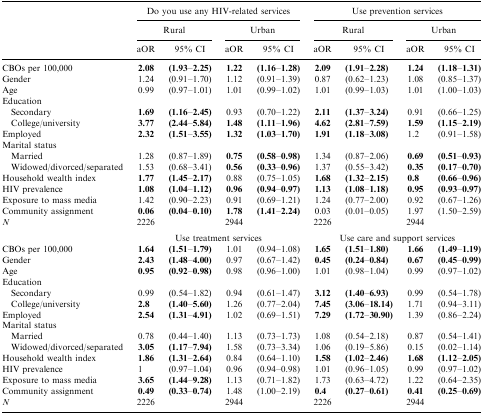
<table><thead><tr><td></td><td colspan="4"><b>Do you use any HIV-related services</b></td><td colspan="4"><b>Use prevention services</b></td></tr><tr><td></td><td colspan="2"><b>Rural</b></td><td colspan="2"><b>Urban</b></td><td colspan="2"><b>Rural</b></td><td colspan="2"><b>Urban</b></td></tr><tr><td></td><td><b>aOR</b></td><td><b>95% CI</b></td><td><b>aOR</b></td><td><b>95% CI</b></td><td><b>aOR</b></td><td><b>95% CI</b></td><td><b>aOR</b></td><td><b>95% CI</b></td></tr></thead><tbody><tr><td>CBOs per 100,000</td><td><b>2.08</b></td><td><b>(1.93–2.25)</b></td><td><b>1.22</b></td><td><b>(1.16–1.28)</b></td><td><b>2.09</b></td><td><b>(1.91–2.28)</b></td><td><b>1.24</b></td><td><b>(1.18–1.31)</b></td></tr><tr><td>Gender</td><td>1.24</td><td>(0.91–1.70)</td><td>1.12</td><td>(0.91–1.39)</td><td>0.87</td><td>(0.62–1.23)</td><td>1.08</td><td>(0.85–1.37)</td></tr><tr><td>Age</td><td>0.99</td><td>(0.97–1.01)</td><td>1.01</td><td>(0.99–1.02)</td><td>1.01</td><td>(0.99–1.03)</td><td>1.01</td><td>(1.00–1.03)</td></tr><tr><td>Education</td><td></td><td></td><td></td><td></td><td></td><td></td><td></td><td></td></tr><tr><td> Secondary</td><td><b>1.69</b></td><td><b>(1.16–2.45)</b></td><td>0.93</td><td>(0.70–1.22)</td><td>2.11</td><td>(1.37–3.24)</td><td>0.91</td><td>(0.66–1.25)</td></tr><tr><td> College/university</td><td><b>3.77</b></td><td><b>(2.44–5.84)</b></td><td><b>1.48</b></td><td><b>(1.11–1.96)</b></td><td><b>4.62</b></td><td><b>(2.81–7.59)</b></td><td><b>1.59</b></td><td><b>(1.15–2.19)</b></td></tr><tr><td>Employed</td><td><b>2.32</b></td><td><b>(1.51–3.55)</b></td><td><b>1.32</b></td><td><b>(1.03–1.70)</b></td><td><b>1.91</b></td><td><b>(1.18–3.08)</b></td><td>1.2</td><td>(0.91–1.58)</td></tr><tr><td>Marital status</td><td></td><td></td><td></td><td></td><td></td><td></td><td></td><td></td></tr><tr><td> Married</td><td>1.28</td><td>(0.87–1.89)</td><td><b>0.75</b></td><td><b>(0.58–0.98)</b></td><td>1.34</td><td>(0.87–2.06)</td><td><b>0.69</b></td><td><b>(0.51–0.93)</b></td></tr><tr><td> Widowed/divorced/separated</td><td>1.53</td><td>(0.68–3.41)</td><td><b>0.56</b></td><td><b>(0.33–0.96)</b></td><td>1.37</td><td>(0.55–3.42)</td><td><b>0.35</b></td><td><b>(0.17–0.70)</b></td></tr><tr><td>Household wealth index</td><td><b>1.77</b></td><td><b>(1.45–2.17)</b></td><td>0.88</td><td>(0.75–1.05)</td><td><b>1.68</b></td><td><b>(1.32–2.15)</b></td><td><b>0.8</b></td><td><b>(0.66–0.96)</b></td></tr><tr><td>HIV prevalence</td><td><b>1.08</b></td><td><b>(1.04–1.12)</b></td><td><b>0.96</b></td><td><b>(0.94–0.97)</b></td><td><b>1.13</b></td><td><b>(1.08–1.18)</b></td><td><b>0.95</b></td><td><b>(0.93–0.97)</b></td></tr><tr><td>Exposure to mass media</td><td>1.42</td><td>(0.90–2.23)</td><td>0.91</td><td>(0.69–1.21)</td><td>1.24</td><td>(0.77–2.00)</td><td>0.92</td><td>(0.67–1.26)</td></tr><tr><td>Community assignment</td><td><b>0.06</b></td><td><b>(0.04–0.10)</b></td><td><b>1.78</b></td><td><b>(1.41–2.24)</b></td><td>0.03</td><td>(0.01–0.05)</td><td>1.97</td><td>(1.50–2.59)</td></tr><tr><td><i>N</i></td><td>2226</td><td></td><td>2944</td><td></td><td>2226</td><td></td><td>2944</td><td></td></tr><tr><td></td><td colspan="4">Use treatment services</td><td colspan="4">Use care and support services</td></tr><tr><td>CBOs per 100,000</td><td><b>1.64</b></td><td><b>(1.51–1.79)</b></td><td>1.01</td><td>(0.94–1.08)</td><td><b>1.65</b></td><td><b>(1.51–1.80)</b></td><td><b>1.66</b></td><td><b>(1.49–1.19)</b></td></tr><tr><td>Gender</td><td><b>2.43</b></td><td><b>(1.48–4.00)</b></td><td>0.97</td><td>(0.67–1.42)</td><td><b>0.45</b></td><td><b>(0.24–0.84)</b></td><td><b>0.67</b></td><td><b>(0.45–0.99)</b></td></tr><tr><td>Age</td><td><b>0.95</b></td><td><b>(0.92–0.98)</b></td><td>0.98</td><td>(0.96–1.00)</td><td>1.01</td><td>(0.98–1.04)</td><td>0.99</td><td>(0.97–1.02)</td></tr><tr><td>Education</td><td></td><td></td><td></td><td></td><td></td><td></td><td></td><td></td></tr><tr><td> Secondary</td><td>0.99</td><td>(0.54–1.82)</td><td>0.94</td><td>(0.61–1.47)</td><td><b>3.12</b></td><td><b>(1.40–6.93)</b></td><td>0.99</td><td>(0.54–1.78)</td></tr><tr><td> College/university</td><td><b>2.8</b></td><td><b>(1.40–5.60)</b></td><td>1.26</td><td>(0.77–2.04)</td><td><b>7.45</b></td><td><b>(3.06–18.14)</b></td><td>1.71</td><td>(0.94–3.11)</td></tr><tr><td>Employed</td><td><b>2.54</b></td><td><b>(1.31–4.91)</b></td><td>1.02</td><td>(0.69–1.51)</td><td><b>7.29</b></td><td><b>(1.72–30.90)</b></td><td>1.39</td><td>(0.86–2.24)</td></tr><tr><td>Marital status</td><td></td><td></td><td></td><td></td><td></td><td></td><td></td><td></td></tr><tr><td> Married</td><td>0.78</td><td>(0.44–1.40)</td><td>1.13</td><td>(0.73–1.73)</td><td>1.08</td><td>(0.54–2.18)</td><td>0.87</td><td>(0.54–1.41)</td></tr><tr><td> Widowed/divorced/separated</td><td><b>3.05</b></td><td><b>(1.17–7.94)</b></td><td>1.58</td><td>(0.73–3.34)</td><td>1.06</td><td>(0.19–5.86)</td><td>0.15</td><td>(0.02–1.14)</td></tr><tr><td>Household wealth index</td><td><b>1.86</b></td><td><b>(1.31–2.64)</b></td><td>0.84</td><td>(0.64–1.10)</td><td><b>1.58</b></td><td><b>(1.02–2.46)</b></td><td><b>1.68</b></td><td><b>(1.12–2.05)</b></td></tr><tr><td>HIV prevalence</td><td>1</td><td>(0.97–1.04)</td><td>0.96</td><td>(0.94–0.98)</td><td>1.01</td><td>(0.96–1.05)</td><td>0.99</td><td>(0.97–1.02)</td></tr><tr><td>Exposure to mass media</td><td><b>3.65</b></td><td><b>(1.44–9.28)</b></td><td>1.13</td><td>(0.71–1.82)</td><td>1.73</td><td>(0.63–4.72)</td><td>1.22</td><td>(0.64–2.35)</td></tr><tr><td>Community assignment</td><td><b>0.49</b></td><td><b>(0.33–0.74)</b></td><td>1.48</td><td>(1.00–2.19)</td><td><b>0.4</b></td><td><b>(0.27–0.61)</b></td><td><b>0.41</b></td><td><b>(0.25–0.69)</b></td></tr><tr><td><i>N</i></td><td>2226</td><td></td><td>2944</td><td></td><td>2226</td><td></td><td>2944</td><td></td></tr></tbody></table>